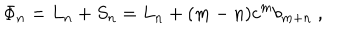
LaTeX: \Phi _ { n } = L _ { n } + S _ { n } = L _ { n } + ( m - n ) c ^ { m } b _ { m + n } ~ ,